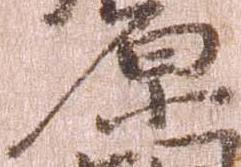
原